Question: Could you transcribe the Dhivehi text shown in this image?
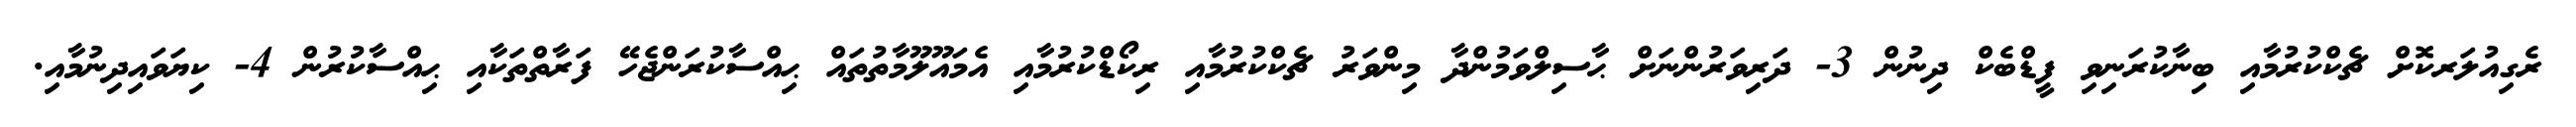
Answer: ރެގިއުލަރކޮށް ޗެކްކުރުމާއި ބިނާކުރަނިވި ފީޑްބެކް ދިނުން 3- ދަރިވަރުންނަށް ޙާސިލްވަމުންދާ މިންވަރު ޗެކްކުރުމާއި ރިކޯޑްކުރުމާއި އެމައޫލޫމާތުތައް ޙިއްސާކުރަންޖެހޭ ފަރާތްތަކާއި ޙިއްސާކުރުން 4- ކިޔަވައިދިނުމާއި.